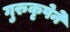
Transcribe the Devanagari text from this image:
गुरुकृपेने